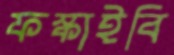
ফস্‌কাইবি